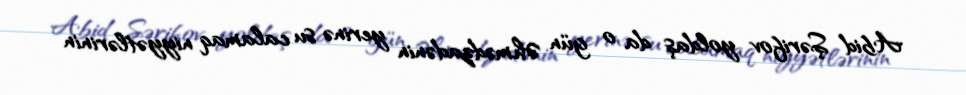
Abid Şərifov yoldaş da o gün Əhmədzadənin yerinə su calamaq niyyətlərinin